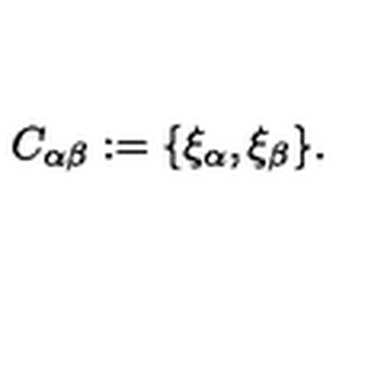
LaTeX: C _ { \alpha \beta } : = \{ \xi _ { \alpha } , \xi _ { \beta } \} .